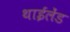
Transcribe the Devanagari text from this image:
थाईलेंड